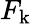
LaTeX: F_{\mathrm{k}}